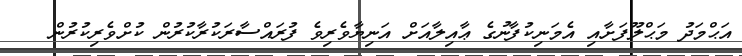
އަޙްމަދު މަޙްލޫފަށާއި އެމަނިކުފާނުގެ ޢާއިލާއަށް އަނިޔާވެރިވެ ފުރައްސާރަކުރާކުރުން ކުށްވެރިކުރުން